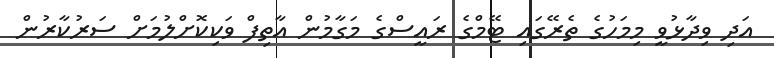
އަދި ވިދާޅުވީ މިމަހުގެ ތެރޭގައި ޓޭމްގެ ރައީސްގެ މަގާމުން އާތިފް ވަކިކޮށްލުމަށް ސަރުކާރުން